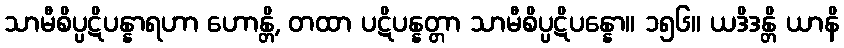
သာမီစိပ္ပဋိပန္နာရဟာ ဟောန္တိ, တထာ ပဋိပန္နတ္တာ သာမီစိပ္ပဋိပန္နော။ ၁၅၆။ ယဒိဒန္တိ ယာနိ